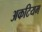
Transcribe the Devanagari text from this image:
अकटियम